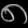
Digit: ၈